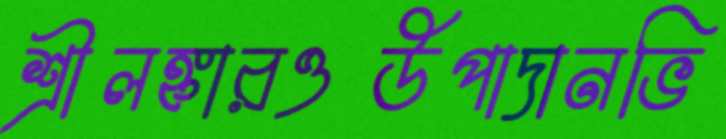
শ্রীলঙ্কারওউপাদানভি